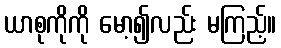
ယာစုကိုကို မော့၍လည်း မကြည့်။